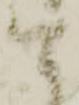
可